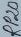
Text: RP2B